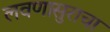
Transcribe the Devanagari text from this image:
लवणासुराचा